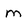
Character: M